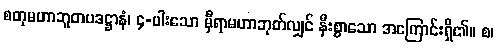
စတုမဟာဘူတပဒဋ္ဌာနံ၊ ၄-ပါးသော မှီရာမဟာဘုတ်လျှင် နီးစွာသော အကြောင်းရှိ၏။ စ၊